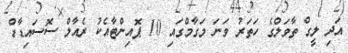
އަދި ލީގް ތާވަލްގެ ހަތަރު ވަނަ މަގާމްގައި 10 ޕޮއިންޓާއެކު ރެއާލް ސޮސައިޑާޑް